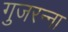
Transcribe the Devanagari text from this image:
गुजरन्ना